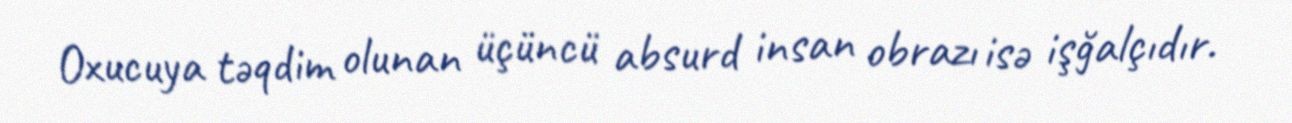
Oxucuya təqdim olunan üçüncü absurd insan obrazı isə işğalçıdır.